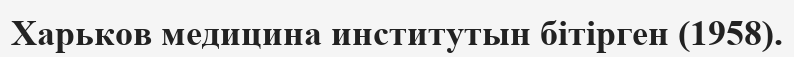
Харьков медицина институтын бітірген (1958).